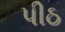
પીઠ